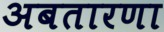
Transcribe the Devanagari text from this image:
अबतारणा